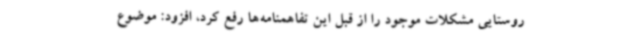
روستایی مشکلات موجود را از قبل این تفاهمنامه‌ها رفع کرد، افزود: موضوع